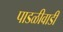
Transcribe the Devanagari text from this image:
पाडळीवाडी